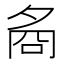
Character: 𡖛